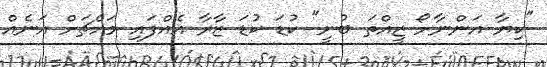
"ކިޔާ އަންނާށޯ ޒީއްތަ ބުނީ" ކުޑަ ކުޑަ ޒާރާ އެއްފައި މައްޗަށް އަނެއް